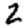
Digit: 2